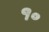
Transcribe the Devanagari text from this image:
१॰